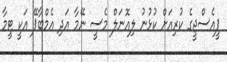
ޕީއެސްޖީގެ ކުރިއަށް ކުޅުނު ލިއޮނަލް މެސީ ނޭމާ އަދި އެމްބާޕޭ އަކީ ޓީމާ